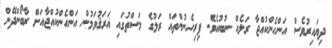
ދިޔައިރުވެސް އަންހެންކުއްޖާ ރަލެއް ނުބުއެވެ. ފިރިހެނުންތައް ރަލުގެ މަސްތުގައި ޣަރަޤުވަމުން އަންހެންކުއްޖާއަށް ރާބޯންދޭން